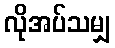
လိုအပ်သမျှ